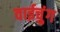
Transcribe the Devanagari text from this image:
वाईचुंग